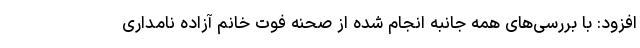
افزود: با بررسی‌های همه جانبه انجام شده از صحنه فوت خانم آزاده نامداری